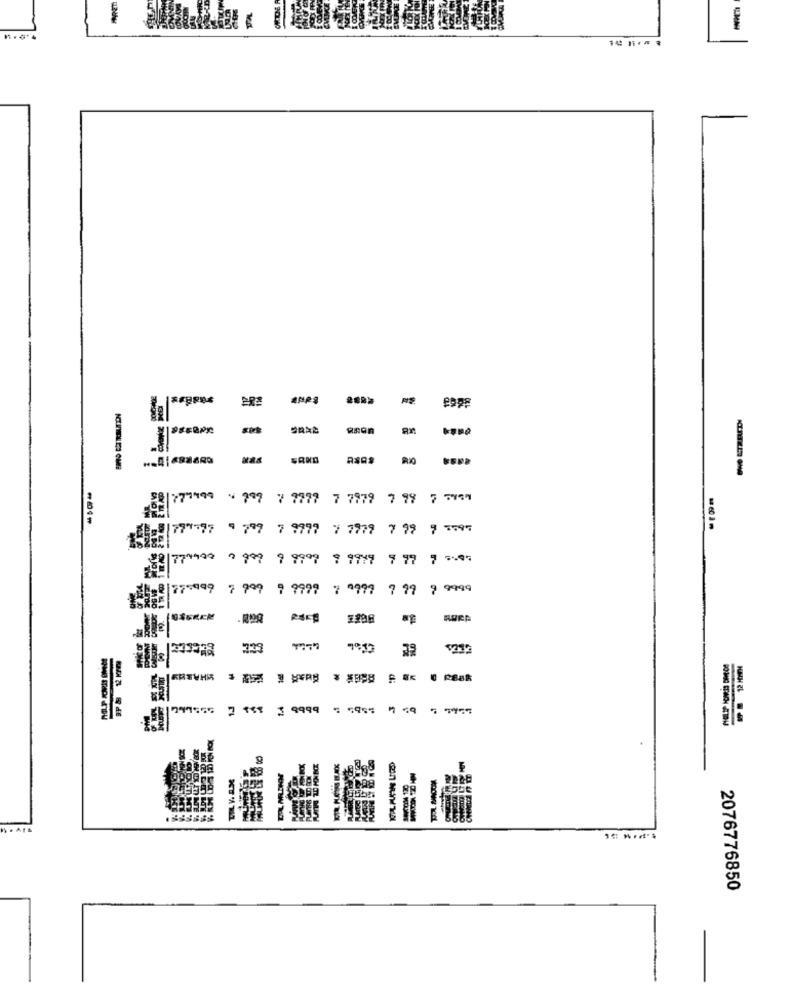
777499 " 9"9 7 7777
7 7979 7 99 7 7789
1779.77
9 799 7 9799
7 7979 7 99 7 7597
15
1774499 2 999 9 9999 9 9999 9 99 7 5.8%
.8 775999 7 999 9 9999 8 9777 7 99 9 9999
USERER
339
7:33
2 188 3 9999 : 5985 7 59 9 795
E
2228
2076776850